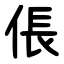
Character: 倀